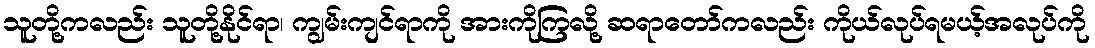
သူတို့ကလည်း သူတို့နိုင်ရာ၊ ကျွမ်းကျင်ရာကို အားကိုကြလို့ ဆရာတော်ကလည်း ကိုယ်လုပ်ရမယ့်အလုပ်ကို